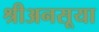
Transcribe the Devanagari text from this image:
श्रीअनसूया